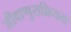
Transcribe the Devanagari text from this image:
जीवाणुसक्रियता